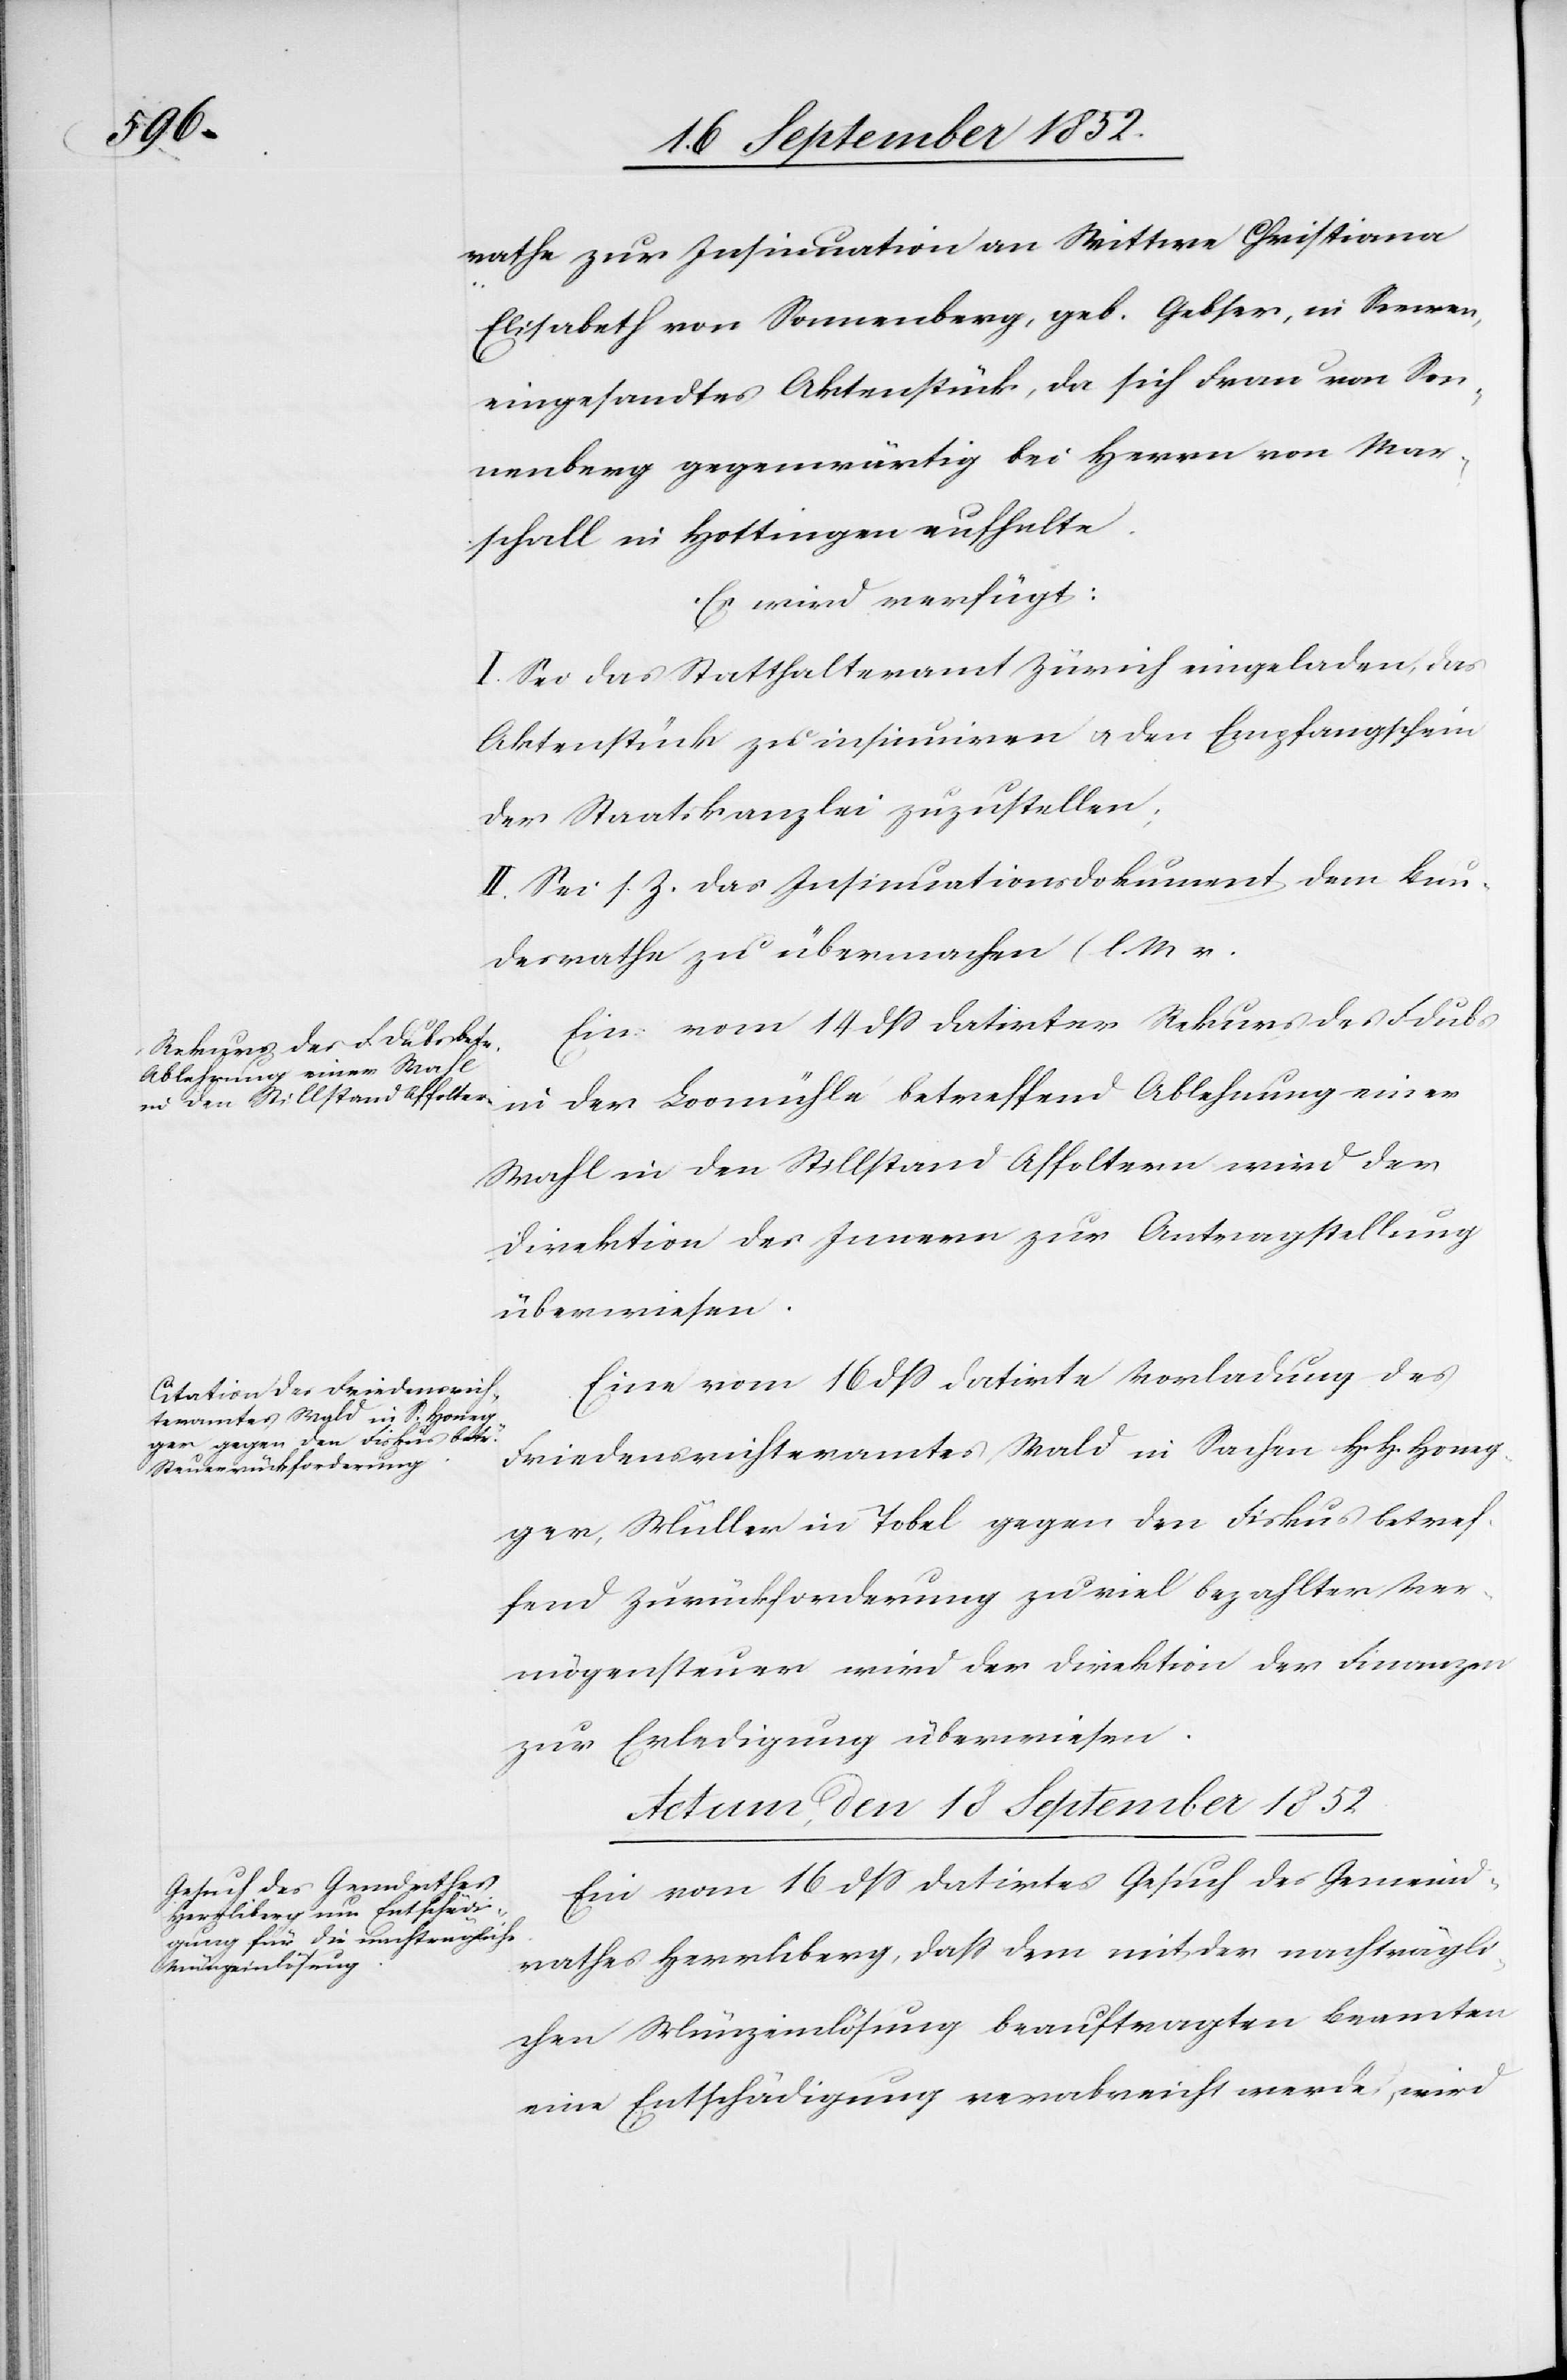
den

17 September 1852.]
rathe zur Insinuation an Wittwe Christiana
Elisabeth von Sonnenberg, geb. Gebser, in Seewen,
eingesandtes Aktenstück, da sich Frau von Son¬
nenberg gegenwärtig bei Herrn von Mar¬
schall in Hottingen aufhalte.
Es wird verfügt:
I. Sei das Statthalteramt Zürich eingeladen, das
Aktenstück zu insinuiren & den Empfangschein
der Staatskanzlei zuzustellen;
II. Sei s. Z. das Insinuationsdokument dem Bun¬
desrathe zu übermachen (l. M v.
Ein vom 14 dss datirter Rekurs des F Dubs
in der Loomühle betreffend Ablehnung einer
Wahl in den Stillstand Affoltern wird der
Direktion des Innern zur Antragstellung
überwiesen.
Eine vom 16 dss datirte Vorladung des
Friedensrichteramtes Wald in Sachen H. H. Honeg¬
ger, Müller in Tobel gegen den Fiskus betref¬
fend Zurückforderung zu viel bezahlter Ver¬
mögensteuer wird der Direktion der Finanzen
zur Erledigung überwiesen.
Actum, den 18 September 1852
Ein vom 16 dss datirtes Gesuch des Gemeind¬
rathes Herrliberg, dass dem mit der nachträgli¬
…
chen Münzeinlösung beauftragten Beamten
eine Entschädigung verabreicht werde, wird